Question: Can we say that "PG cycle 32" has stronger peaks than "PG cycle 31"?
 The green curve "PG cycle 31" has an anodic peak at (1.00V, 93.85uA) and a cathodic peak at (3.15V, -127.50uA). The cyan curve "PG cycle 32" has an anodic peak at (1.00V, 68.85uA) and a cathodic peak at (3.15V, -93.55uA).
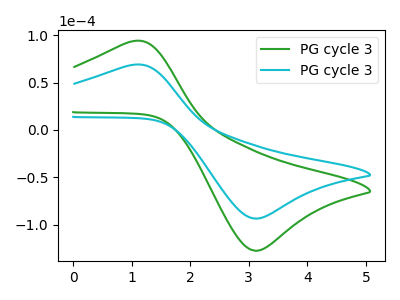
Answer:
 <answer>Every peak in "PG cycle 32" is lower than every peak in "PG cycle 31".</answer>
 <eval>lower</eval>